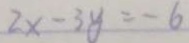
2 x - 3 y = - 6